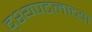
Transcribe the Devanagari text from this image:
द्श्यपटलाच्या